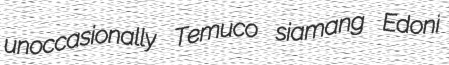
unoccasionally Temuco siamang Edoni